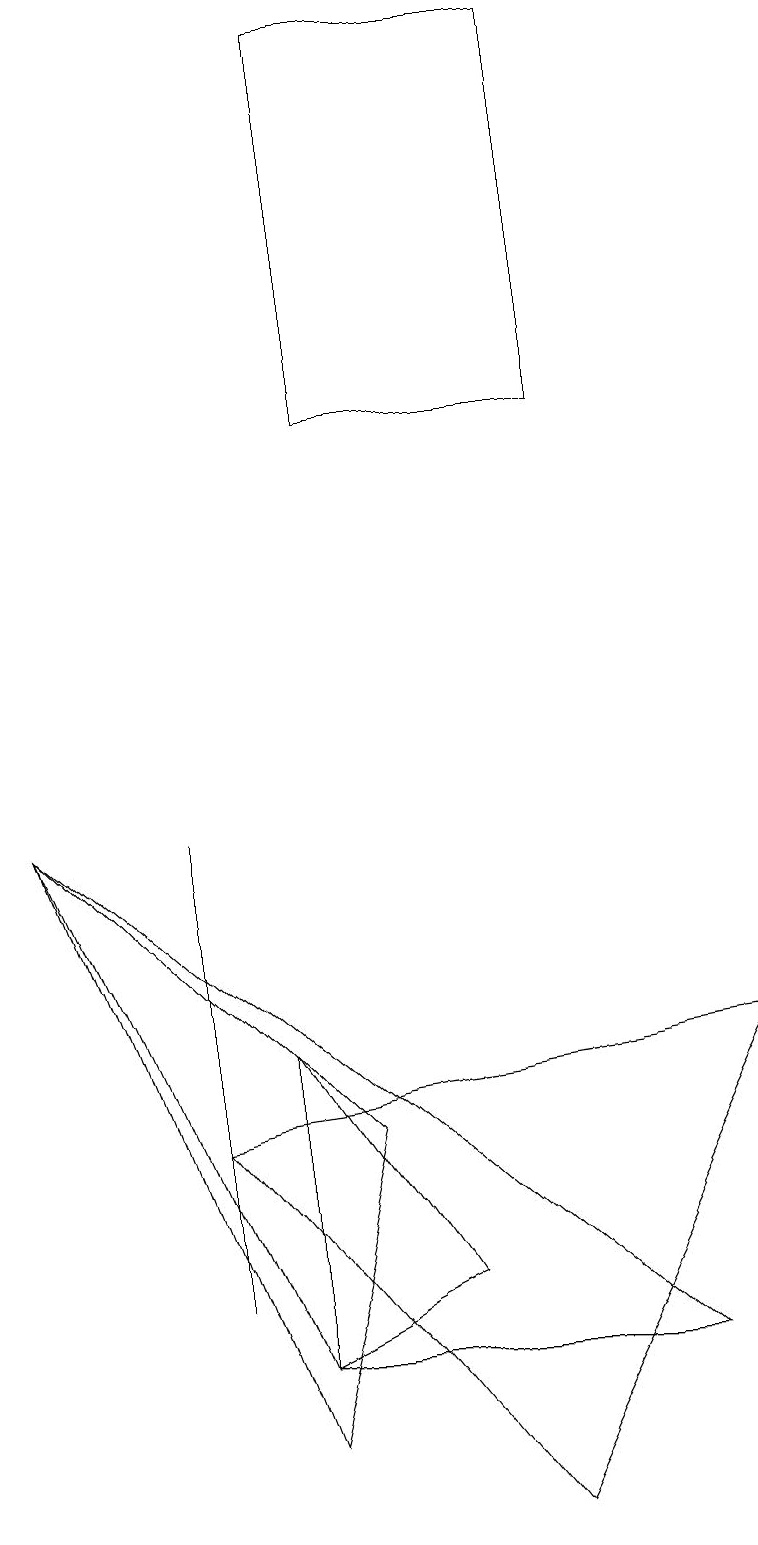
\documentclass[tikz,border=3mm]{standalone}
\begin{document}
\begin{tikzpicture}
\draw (4,14) rectangle (7,19);
\draw (0,9) -- (8,2) -- (3,2) -- cycle;
\draw (3,1) -- (0,9) -- (4,5) -- cycle;
\draw (9,6) -- (2,5) -- (6,0) -- cycle;
\draw (2,9) -- (2,3) -- (2,3) -- cycle;
\draw (3,2) -- (5,3) -- (3,6) -- cycle;
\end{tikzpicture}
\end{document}